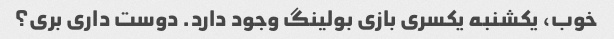
خوب، یکشنبه یکسری بازی بولینگ وجود دارد. دوست داری بری؟